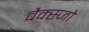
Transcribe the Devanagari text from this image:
वैक्स्जो